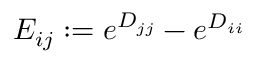
E _ { i j } : = e ^ { D _ { j j } } - e ^ { D _ { i i } }